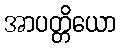
အာပတ္တိယော